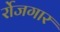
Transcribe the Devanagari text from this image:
र्रोजगार